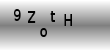
Text: 9ZotH